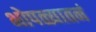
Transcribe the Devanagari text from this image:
भोपळ्यातनं